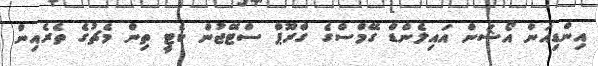
އިންޑިއަން އޯޝަން އައިލެންޑް ގޭމްސްގެ ގްރޫޕް ސްޓޭޖުން ކެޓީ ތިން މެޗުގެ ތެރެއިން